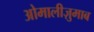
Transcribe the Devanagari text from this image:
ओमालीज़ुमाब